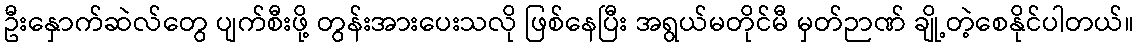
ဦးနှောက်ဆဲလ်တွေ ပျက်စီးဖို့ တွန်းအားပေးသလို ဖြစ်နေပြီး အရွယ်မတိုင်မီ မှတ်ဉာဏ် ချို့တဲ့စေနိုင်ပါတယ်။